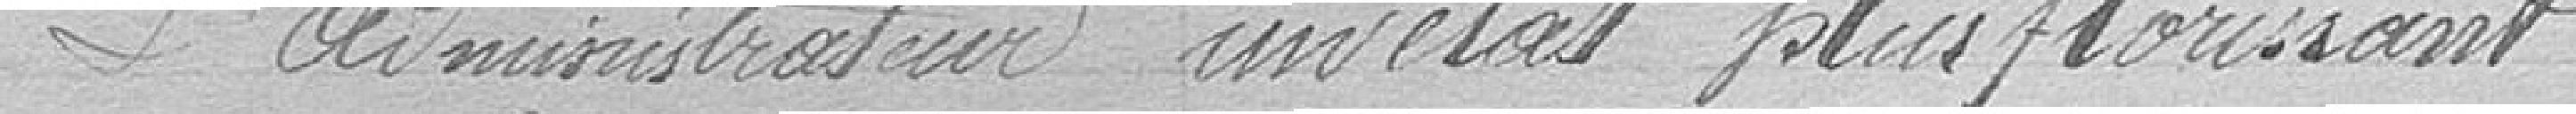
L'administration un état plus florissant.